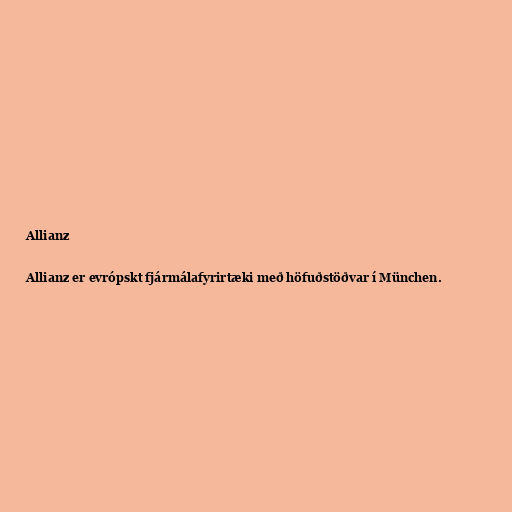
Allianz

Allianz er evrópskt fjármálafyrirtæki með höfuðstöðvar í München.